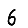
Digit: 6